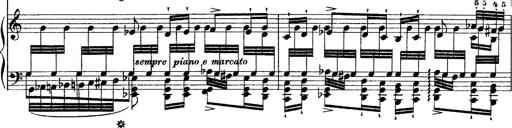
Title: Grande fantasie di bravura sur La clochette
Composer: Franz Liszt
Key: A minor